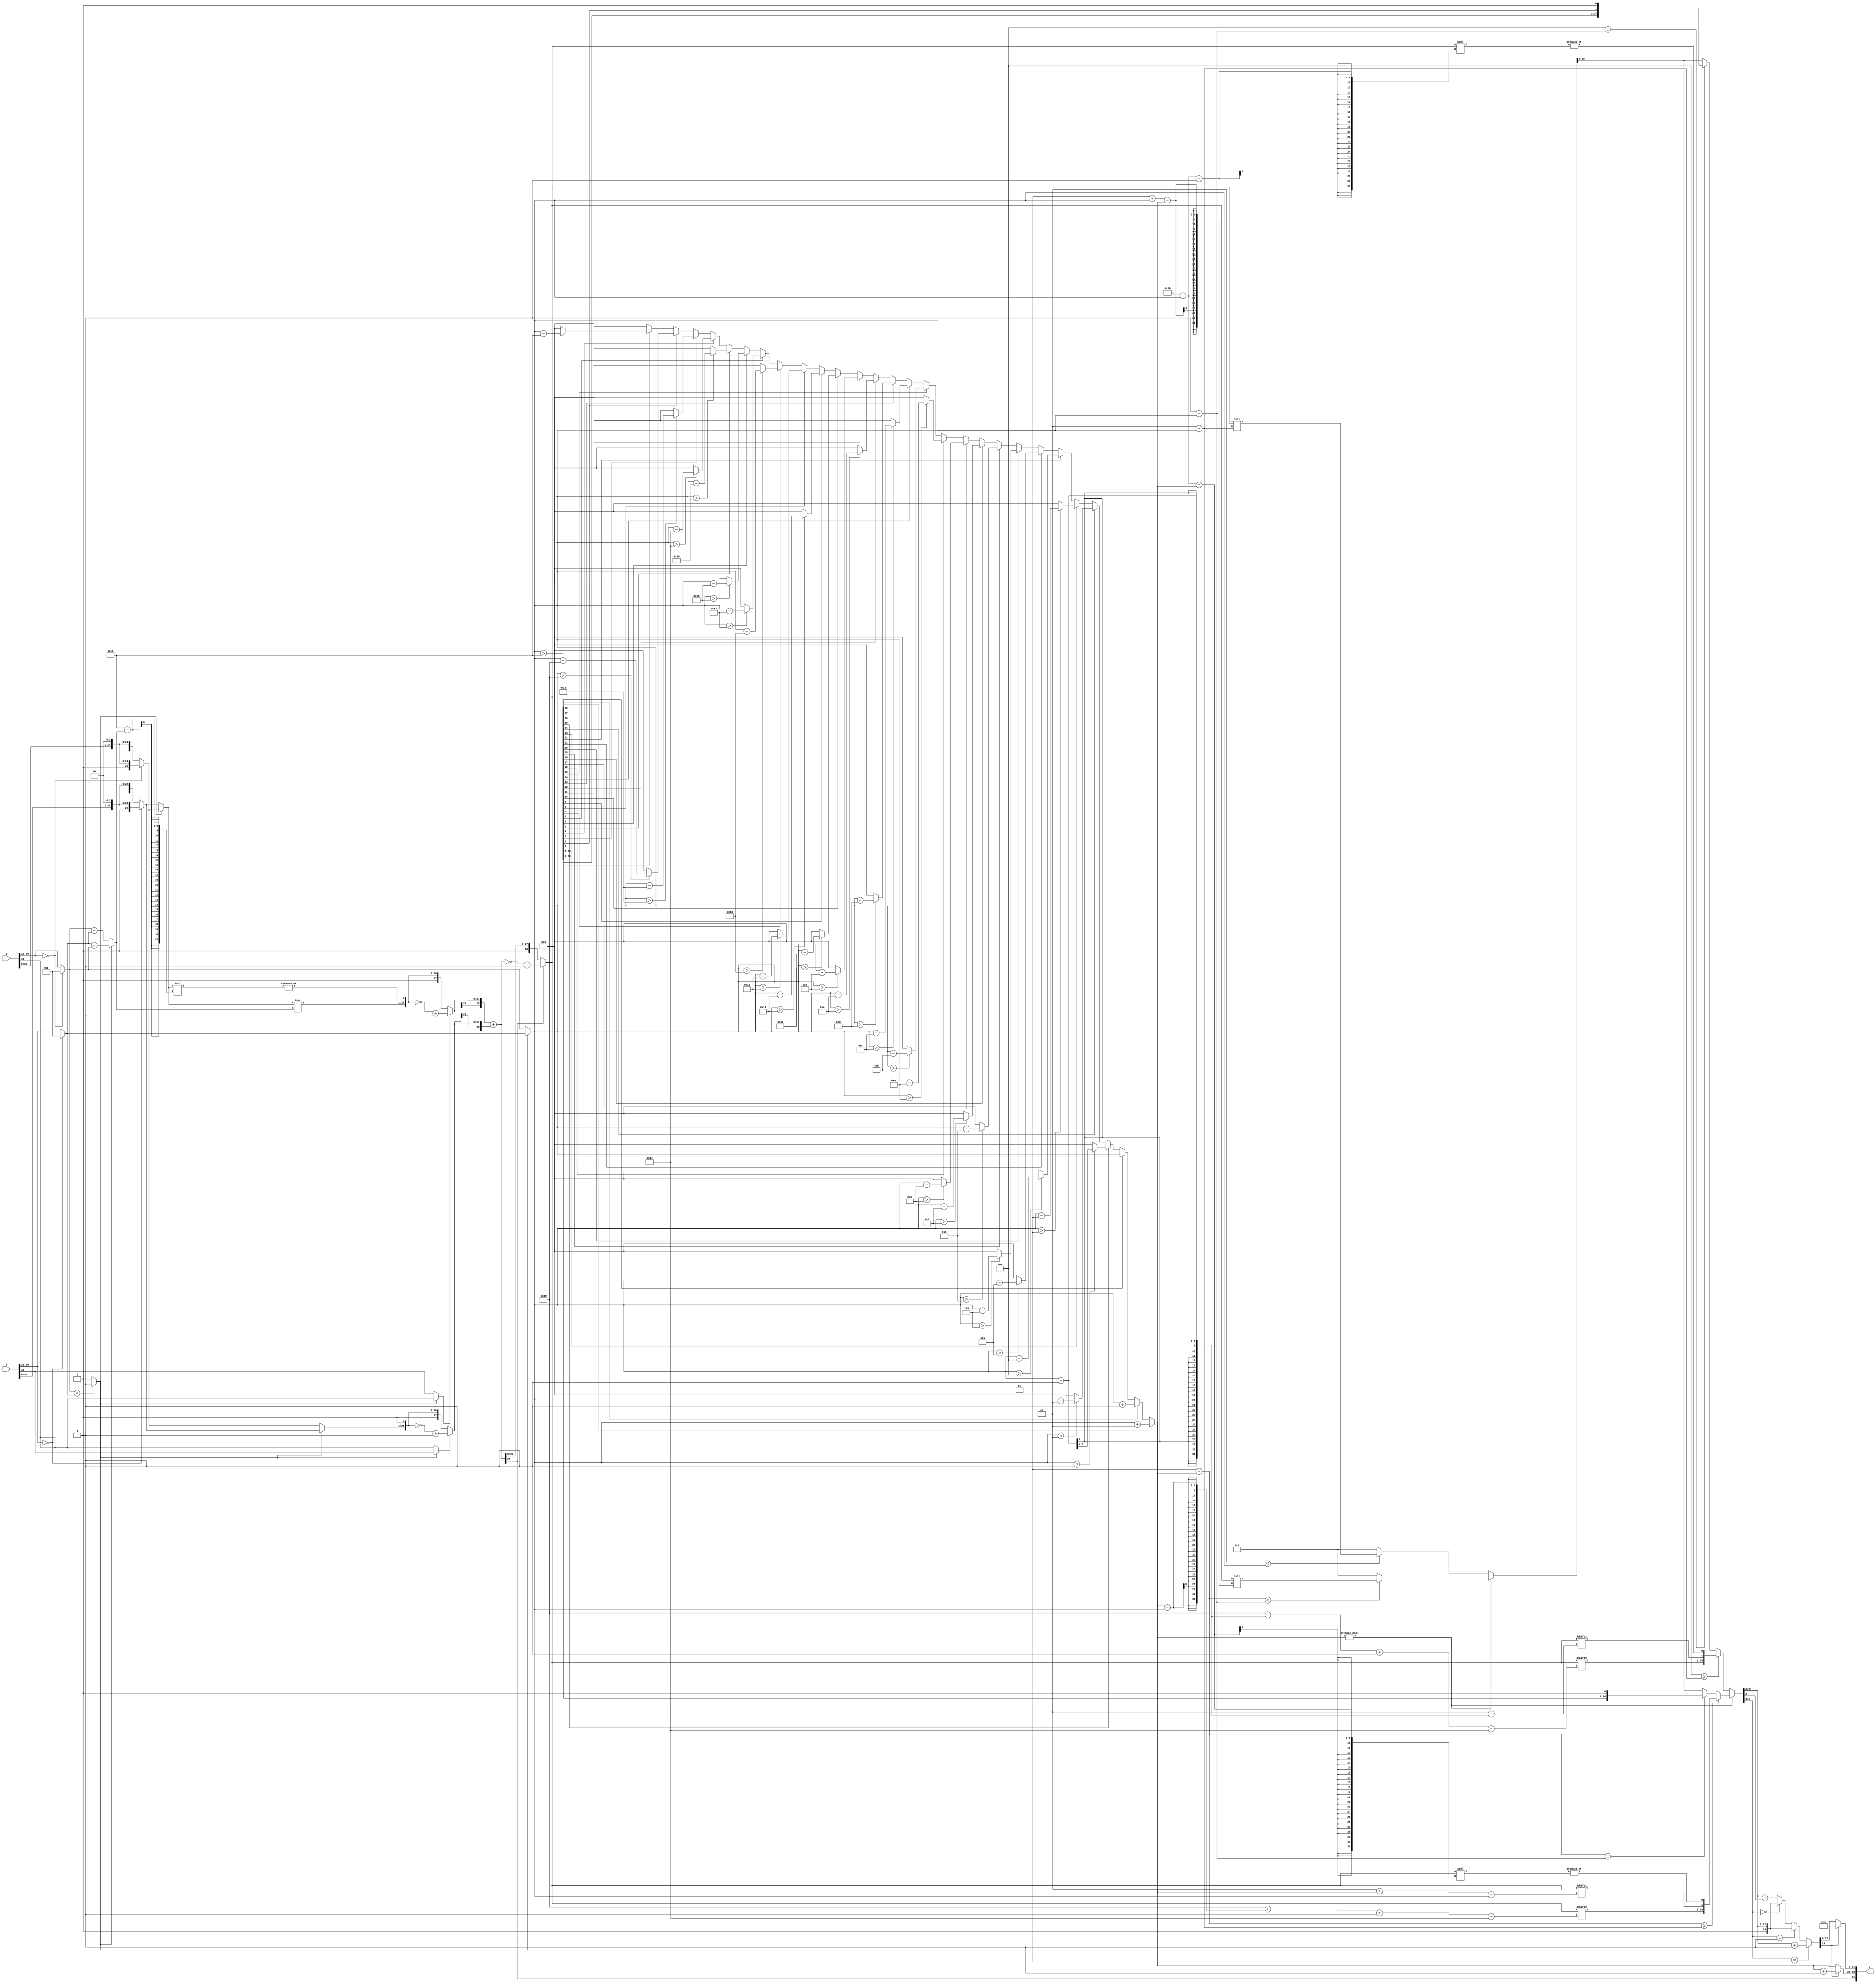

`timescale 1ns/1ns

module fp_adder
  (
  input [31 : 0] a,
  input [31 : 0] b,
  output [31 : 0] s
  );
  

wire [7 : 0] E_A ;
wire [7 : 0] E_B ;
 
wire S_A ;
wire S_B ;

wire [22 : 0] F_A ;
wire [22 : 0] F_B ;

wire [7: 0 ] a_ex ;
wire [7 : 0] b_ex ;

wire [25 : 0] small_frac ;
wire [25 : 0] big_frac ;

wire [25 : 0] A_frac ;
wire [25 : 0] B_frac ;


wire [28 : 0] asb ;
wire small_sign ;
wire big_sign ;

wire [7 : 0] ex_diff ;


wire borrow ;
wire sticky ;

wire [25 : 0] X;

wire [7 :0] E ;
wire [7 :0] E1 ;
wire [28 : 0] meymoon ;

wire [28 : 0] olagh ;


wire [ 28 : 0] tc_small ;
wire [28 : 0] tc_big ;

wire [26 : 0] Y , Z ;
wire [27 : 0] Y1 ,Z1, W , T;
wire [28 : 0] f_fract;


wire sub;

wire [28 : 0] gav ;

wire sign_final ;

wire [2 : 0] rgs ;

wire [23 : 0] amir1 ;
wire [22 : 0] amir ;
wire [23 : 0] amin ;



wire [27 : 0] FINAL ;

wire [22 : 0] final_fraction ;
wire [7 : 0] final_ex ;



assign S_A = a[31];
assign S_B = b[31];

assign E_A = a[30 : 23];
assign E_B = b[30 : 23];

assign F_A = a[22 : 0];
assign F_B = b[22 : 0];



wire R ;

wire G ;


assign a_ex =  (E_A == 0) ?  8'b00000001 : E_A ;
assign b_ex =  (E_B == 0) ?  8'b00000001 : E_B ;

assign A_frac = (E_A == 0) ?  {1'b0 , F_A , 2'b00} : {1'b1 , F_A , 2'b00};
assign B_frac = (E_B == 0) ?  {1'b0 , F_B , 2'b00} : {1'b1 , F_B , 2'b00};


assign borrow = (a_ex < b_ex) ? 1'b1 : 1'b0 ;

assign ex_diff = (borrow == 0) ? (a_ex - b_ex) : (b_ex - a_ex) ;



assign small_frac = (borrow == 0) ? B_frac : A_frac ;
assign big_frac = (borrow == 0) ? A_frac : B_frac ;


assign small_sign = (borrow == 0) ? S_B : S_A ;
assign big_sign = (borrow == 0) ? S_A : S_B ;

assign sticky = | (small_frac << (26 - ex_diff)  ) ;

assign X = small_frac >> ex_diff ;

assign E = (borrow == 0) ? a_ex : b_ex ;


assign Y = {X , sticky} ;
assign Z = {big_frac , 1'b0} ;
assign Y1 ={1'b0 , Y };
assign Z1 ={1'b0 , Z };

assign W = (small_sign == 0) ? Y1 : ~Y1 + 1 ;
assign T = (big_sign == 0) ? Z1 : ~Z1 + 1;
 
assign tc_small = {W[27] , W} ;
assign tc_big = {T[27] , T} ;

assign sub = S_A ^ S_B ;


assign gav = tc_small + tc_big ;

assign asb = (gav[28] == 0) ? gav  : ~ gav + 1;



assign sign_final = gav[28] ;




assign rgs = asb[2:0];


assign f_fract = asb ;


assign E1 = f_fract[28] ? E+2 
: f_fract[27] ? E+1 
: f_fract[26] ? E 
: f_fract[25] ? (E > 1) ? E-1 : 0 
: f_fract[24] ? (E > 2) ? E-2 : 0 
: f_fract[23] ? (E > 3) ? E-3 : 0 
: f_fract[22] ? (E > 4) ? E-4 : 0 
: f_fract[21] ? (E > 5) ? E-5 : 0 
: f_fract[20] ? (E > 6) ? E-6 : 0 
: f_fract[19] ? (E > 7) ? E-7 : 0 
: f_fract[18] ? (E > 8) ? E-8 : 0 
: f_fract[17] ? (E > 9) ? E-9 : 0 
: f_fract[16] ? (E > 10) ? E-10 : 0 
: f_fract[15] ? (E > 11) ? E-11 : 0 
: f_fract[14] ? (E > 12) ? E-12 : 0 
: f_fract[13] ? (E > 13) ? E-13 : 0 
: f_fract[12] ? (E > 14) ? E-14 : 0 
: f_fract[11] ? (E > 15) ? E-15 : 0 
: f_fract[10] ? (E > 16) ? E-16 : 0 
: f_fract[9] ? (E > 17) ? E-17 : 0 
: f_fract[8] ? (E > 18) ? E-18 : 0 
: f_fract[7] ? (E > 19) ? E-19 : 0 
: f_fract[6] ? (E > 20) ? E-20 : 0 
: f_fract[5] ? (E > 21) ? E-21 : 0 
: f_fract[4] ? (E > 22) ? E-22 : 0 
: f_fract[3] ? (E > 23) ? E-23 : 0 
: f_fract[2] ? (E > 24) ? E-24 : 0 
: f_fract[1] ? (E > 25) ? E-25 : 0
: f_fract[0] ? ((E > 26) ? E-26 : 0) : 0;





 
assign {amir1 , R , G} = (E1 != 0) ?( (3+E1)>=2 + E ? {f_fract[25 +(E1 - E)  -: 23 ] , f_fract[2 + E1 - E] , |(f_fract << (27 + E - E1))}
:((3+E1)==1+E) ? {f_fract[23 : 1], f_fract[0] , 1'b0}
: meymoon[28 : 4] )
:( (3-(- 1))>=2+E ? {f_fract[25 -( E  - 1 )  -: 23 ] , f_fract[2 - (E - 1)] , |(f_fract << (27 + E - 1 ))}
:((3 - (- 1 ) )==1+E) ? {f_fract[23: 1], f_fract[1] , 1'b0}
: meymoon[28 : 4] );
assign amir = amir1[22 : 0] ;

assign amin = ({ R , G } == 2'b11 )? amir + 1
: {R , G} == 2'b01 ? amir 
: {R , G} == 2'b00 ? amir : (amir + amir[0]) ;


assign meymoon = ( E1 != 0) ? ((3 + E1  < 1+E) ?  (f_fract << (3 + E - E1)) : {29{1'b0}})
:((2 < E) ? (f_fract << (2+E)) : {29{1'b0}} )  ;
assign olagh = f_fract << 1;


assign final_fraction = ((amin[23] == 1) ? {(23){1'b0}} : amin[22 : 0] );


assign final_ex = (amin[23] == 1) ? E1 + 1 : E1 ;


assign s = {sign_final , final_ex , final_fraction };





endmodule